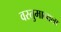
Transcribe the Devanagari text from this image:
वस्तुमानाला